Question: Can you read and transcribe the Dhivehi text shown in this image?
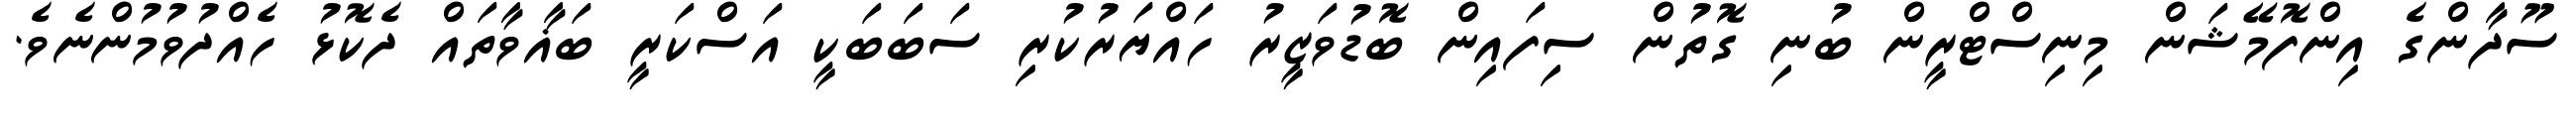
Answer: ސޫދާންގެ އިންފޮމޭޝަން މިނިސްޓްރީން ބުނި ގޮތުން ސިފައިން ބޮޑުވަޒީރު ހައްޔަރުކުރި ސަބަބަކީ އަސްކަރީ ބަޣާވާތައް ދެކޮޅު ހެއްދުވުމުންނެވެ.